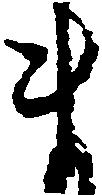
ま